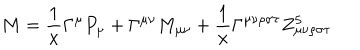
LaTeX: M = \frac { 1 } { x } \Gamma ^ { \mu } P _ { \mu } + \Gamma ^ { \mu \nu } M _ { \mu \nu } + \frac { 1 } { x } \Gamma ^ { \mu \nu \rho \sigma \tau } Z _ { \mu \nu \rho \sigma \tau } ^ { 5 }